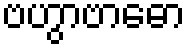
ဗဟွာဗာဓော